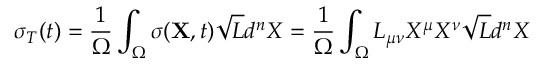
\sigma _ { T } ( t ) = \frac { 1 } { \Omega } \int _ { \Omega } \sigma ( { \bf X } , t ) \sqrt { L } d ^ { n } X = \frac { 1 } { \Omega } \int _ { \Omega } L _ { \mu \nu } X ^ { \mu } X ^ { \nu } \sqrt { L } d ^ { n } X